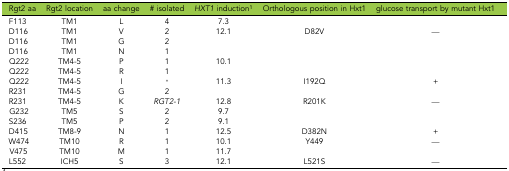
| Rgt2 aa | Rgt2 location | aa change | # isolated | HXT1 induction1 | Orthologous position in Hxt1 | glucose transport by mutant Hxt1 |
 | --- | --- | --- | --- | --- | --- | --- |
 | F113 | TM1 | L | 4 | 7.3 |  |  |
 | D116 | TM1 | V | 2 | 12.1 | D82V | — |
 | D116 | TM1 | G | 2 |  |  |  |
 | D116 | TM1 | N | 1 |  |  |  |
 | Q222 | TM4-5 | P | 1 | 10.1 |  |  |
 | Q222 | TM4-5 | R | 1 |  |  |  |
 | Q222 | TM4-5 | I | * | 11.3 | I192Q | + |
 | R231 | TM4-5 | G | 2 |  |  |  |
 | R231 | TM4-5 | K | RGT2-1 | 12.8 | R201K | — |
 | G232 | TM5 | S | 2 | 9.7 |  |  |
 | S236 | TM5 | P | 2 | 9.1 |  |  |
 | D415 | TM8-9 | N | 1 | 12.5 | D382N | + |
 | W474 | TM10 | R | 1 | 10.1 | Y449 | — |
 | V475 | TM10 | M | 1 | 11.7 |  |  |
 | L552 | ICH5 | S | 3 | 12.1 | L521S | — |